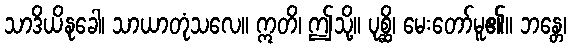
သာဒိယိနုခေါ၊ သာယာတုံသလေ။ ဣတိ၊ ဤသို့။ ပုစ္ဆိ၊ မေးတော်မူ၏။ ဘန္တေ၊